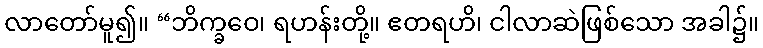
လာတော်မူ၍။ “ဘိက္ခဝေ၊ ရဟန်းတို့။ ဧတရဟိ၊ ငါလာဆဲဖြစ်သော အခါ၌။